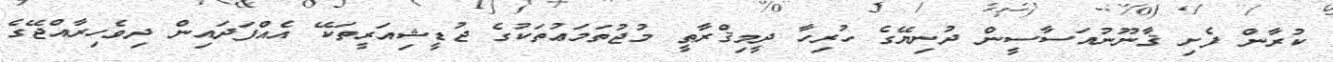
ކުރާން ފެށި ޤާނޫނުއަސާސީން ދުނިޔޭގެ ހުރިހާ ދީމިޤްރާޠީ މުޖުތަމަޢުތަކުގެ ޖުޑީޝިއަރީތަކޭ އެއްފަދައިން ދިވެހިރާއްޖޭގެ